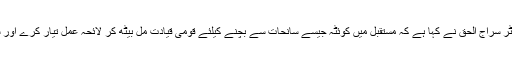
2016ء )امیر جماعت اسلامی پاکستان سینیٹر سراج الحق نے کہا ہے کہ مستقبل میں کوئٹہ جیسے سانحات سے بچنے کیلئے قومی قیادت مل بیٹھ کر لائحہ عمل تیار کرے اور سیکیورٹی اداروں کوبھی آن بورڈ لیا جائے ۔